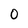
Character: 0